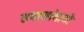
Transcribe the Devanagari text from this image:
समाजांसाठी